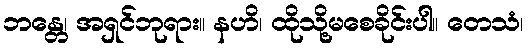
ဘန္တေ၊ အရှင်ဘုရား။ နဟိ၊ ထိုသို့မစေခိုင်းပါ။ တေသံ၊